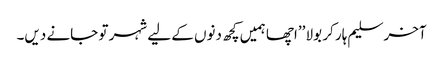
آخر سلیم ہار کر بولا ’’اچھا ہمیں کچھ دنوں کے لیے شہر تو جانے دیں۔